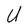
Character: U